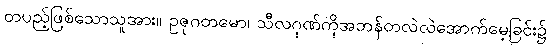
တပည့်ဖြစ်သောသူအား။ ဥဇုဂတမော၊ သီလဂုဏ်ကိုအဘန်တလဲလဲအောက်မေ့ခြင်း၌